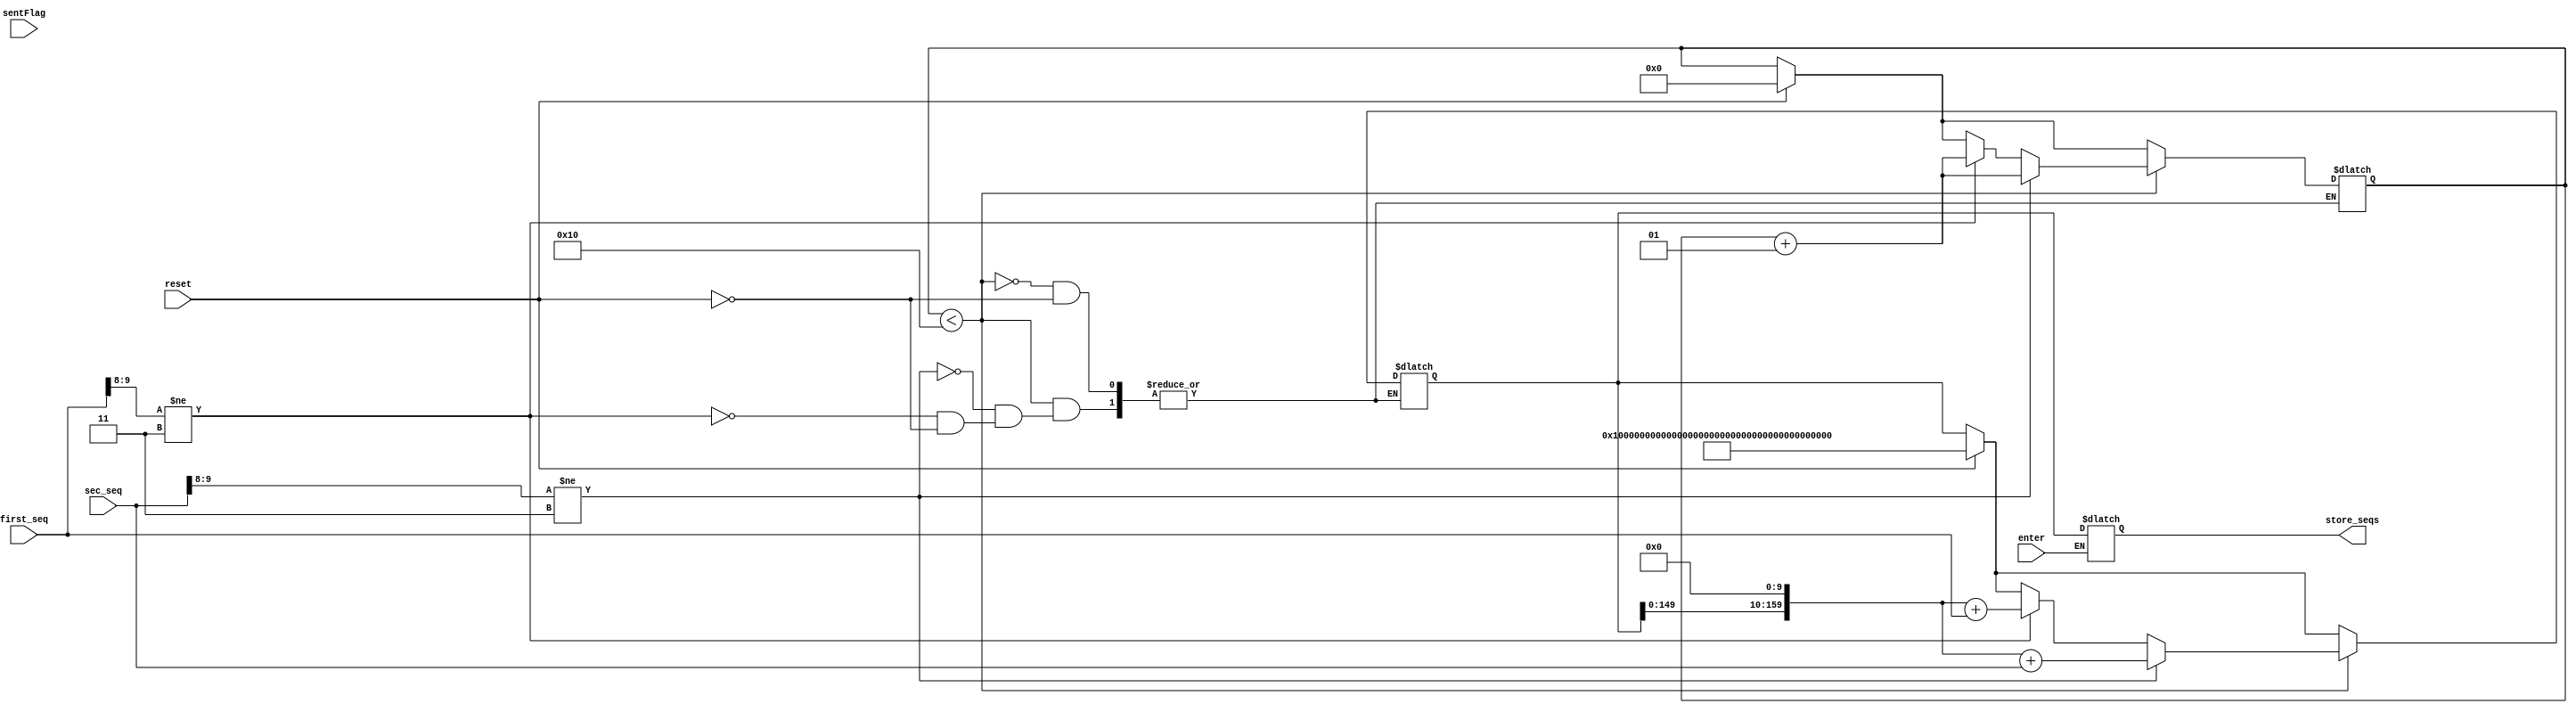
module sequence_storage(
    input reset, enter, sentFlag,  // Inputs Reset, Enter, and SentFlag
    input [9:0] first_seq, sec_seq,  // Input sequences from sequence separator module
    output reg [159:0] store_seqs  // Output of storage content
    );
    
    integer i = 0, j = 0;
    integer shift_counter;
    reg[159:0] storage;
      
    always @ (sentFlag, enter, reset) begin // Save sequences when flag is signaled
        if (reset) begin
            storage <= {160{1'b1}}; //Assignes 1 to all bits of the storage
            shift_counter <= 1'b0;
        end
        if (shift_counter < 16) begin
            if({first_seq[9],first_seq[8]} != 2'b11) begin // Check if the first sequence is valid
                storage <= (storage << 10) + first_seq; // Saves first sequence in index i of the storage
                shift_counter <= shift_counter+1;
            end
            if ({sec_seq[9],sec_seq[8]} != 2'b11) begin // Check if the second sequence is valid
                storage <= (storage << 10) + sec_seq;  // Saves second sequence in index i of the storage
                shift_counter <= shift_counter+1;
            end
        end
        if (enter) begin
            store_seqs <= storage; // Output storage content
        end
     end
endmodule